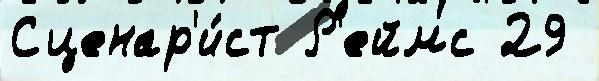
Сценар'и́ст Р'еймс 29